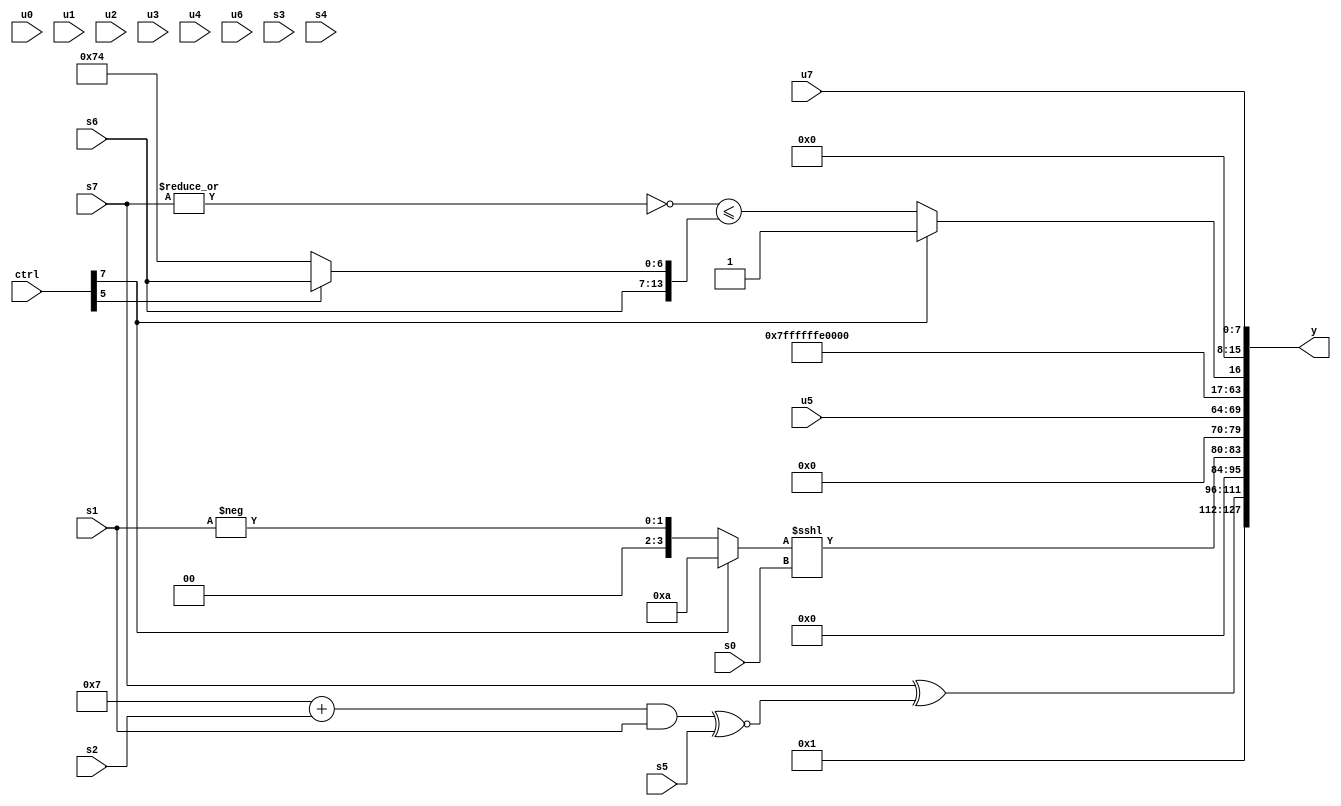
module wideexpr_00024(ctrl, u0, u1, u2, u3, u4, u5, u6, u7, s0, s1, s2, s3, s4, s5, s6, s7, y);
  input [7:0] ctrl;
  input [0:0] u0;
  input [1:0] u1;
  input [2:0] u2;
  input [3:0] u3;
  input [4:0] u4;
  input [5:0] u5;
  input [6:0] u6;
  input [7:0] u7;
  input signed [0:0] s0;
  input signed [1:0] s1;
  input signed [2:0] s2;
  input signed [3:0] s3;
  input signed [4:0] s4;
  input signed [5:0] s5;
  input signed [6:0] s6;
  input signed [7:0] s7;
  output [127:0] y;
  wire [15:0] y0;
  wire [15:0] y1;
  wire [15:0] y2;
  wire [15:0] y3;
  wire [15:0] y4;
  wire [15:0] y5;
  wire [15:0] y6;
  wire [15:0] y7;
  assign y = {y0,y1,y2,y3,y4,y5,y6,y7};
  assign y0 = {2'sb01};
  assign y1 = (s7)^((((6'sb000111)+(s2))&(s1))^~($signed(s5)));
  assign y2 = {1{$signed(((ctrl[7]?-(4'sb0110):{1{-($signed(s1))}}))<<<(s0))}};
  assign y3 = u5;
  assign y4 = $signed(|(({3{((u1)<<(4'b1001))<=({1{1'sb0}})}})^(-(-({2{3'b000}})))));
  assign y5 = 4'sb1100;
  assign y6 = (ctrl[7]?|($unsigned(6'sb000001)):(~|(+(s7)))<=({$signed(+($signed(s6))),$unsigned($unsigned((ctrl[5]?s6:6'sb110100)))}));
  assign y7 = +(u7);
endmodule